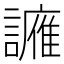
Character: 𫍑